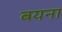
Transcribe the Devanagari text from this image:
बयना